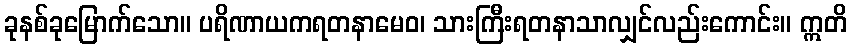
ခုနစ်ခုမြောက်သော။ ပရိဏာယကရတနာမေဝ၊ သားကြီးရတနာသာလျှင်လည်းကောင်း။ ဣတိ